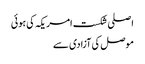
اصلی شکست امریکہ کی ہوئی
موصل کی آزادی سے